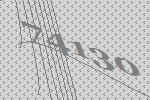
74130